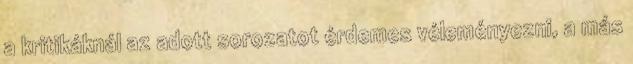
a kritikáknál az adott sorozatot érdemes véleményezni, a más